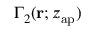
\Gamma _ { 2 } ( \mathbf { r } ; z _ { \mathrm { a p } } )